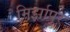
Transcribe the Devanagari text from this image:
मिर्झापुर